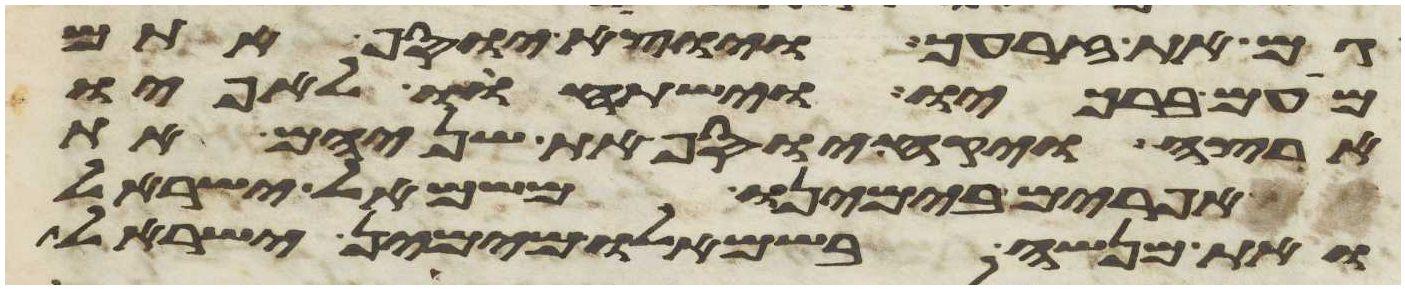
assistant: גם את זרעך ויוצא יוסף אתם
מעם ברכיו וישתחוו לאפיו
ארצה ויקח יוסף את שניהם את
אפרים בימינו משמאל ישראל
ואת מנשה בשמאלו מימין ישראל